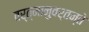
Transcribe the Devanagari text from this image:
वर्त्मानुवर्तन्ते